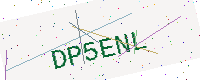
Text: DP5ENL